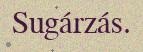
Sugárzás.